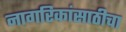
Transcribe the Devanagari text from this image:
नागरिकांसाठीचा